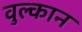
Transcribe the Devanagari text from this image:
वुल्कान